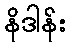
နိဒါန်း